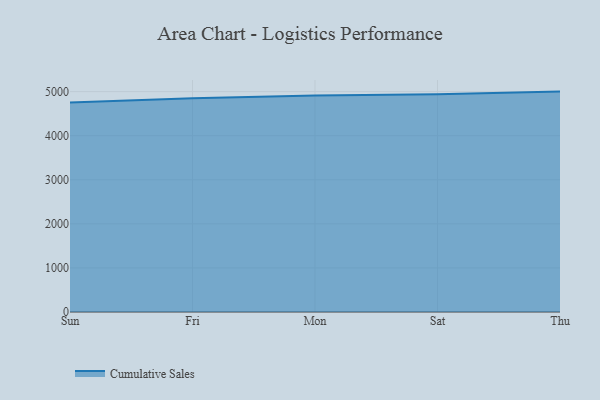
{"axis": {"x": "Day", "y": "LTV (USD)"}, "legend": ["Cumulative Sales"], "data": [{"x": "Sun", "y": 4753.1, "type": "Cumulative Sales"}, {"x": "Fri", "y": 4851.4, "type": "Cumulative Sales"}, {"x": "Mon", "y": 4909.0, "type": "Cumulative Sales"}, {"x": "Sat", "y": 4937.3, "type": "Cumulative Sales"}, {"x": "Thu", "y": 5000, "type": "Cumulative Sales"}]}